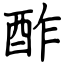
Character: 酢